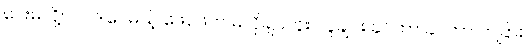
ပေးမလို့ပါပဲ၊ ဒါပေမယ့် ဖေဖေက မလိုချင်ဘူး၊ လူချင်း ခင်တာ ခင်တာ တခြား